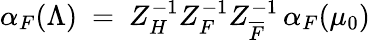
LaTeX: \alpha_{F}(\Lambda)~=~Z_{H}^{-1}Z_{F}^{-1}Z_{\overline{{F}}}^{-1}\, \alpha_{F}(\mu_{0})